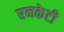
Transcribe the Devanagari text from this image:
एनकेटी